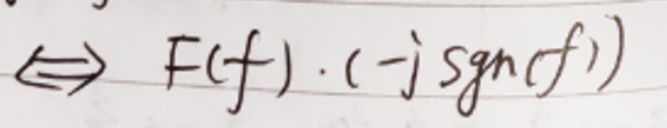
\Leftrightarrow F(f)\cdot (-j\mathrm{sgn}(f))